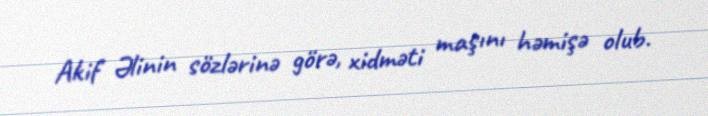
Akif Əlinin sözlərinə görə, xidməti maşını həmişə olub.